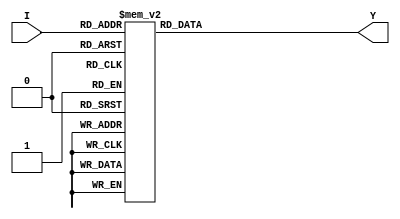
module decoder_3_8 (
    input [2:0] I,
    output reg [7:0] Y
);

always @ (I)
begin
    case (I)
        3'd0: Y = 8'd1;
        3'd1: Y = 8'd2;
        3'd2: Y = 8'd4;
        3'd3: Y = 8'd8;
        3'd4: Y = 8'd16;
        3'd5: Y = 8'd32;
        3'd6: Y = 8'd64;
        3'd7: Y = 8'd128;
        default: Y = 8'd0;
    endcase
end
endmodule